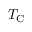
T _ { \mathrm { C } }